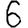
Digit: 6